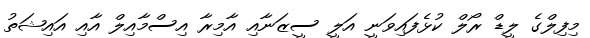
މިފިލްގެ ލީޑް ރޯލް ކުޅެފައިވަނީ އަލީ ސީޒަނާއި އާމިރާ އިސްމާއިލް އާއި އައިޝަތު